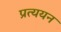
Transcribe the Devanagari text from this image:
प्रत्ययन